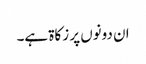
ان دونوں پر زکاۃ ہے۔